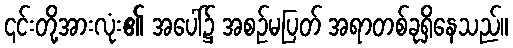
၎င်းတို့အားလုံး၏ အပေါ်၌ အစဉ်မပြတ် အရာတစ်ခုရှိနေသည်။